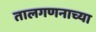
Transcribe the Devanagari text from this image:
तालगणनाच्या